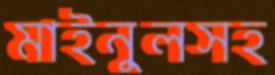
মাইনুলসহ